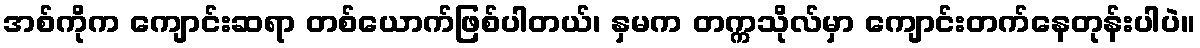
အစ်ကိုက ကျောင်းဆရာ တစ်ယောက်ဖြစ်ပါတယ်၊ နှမက တက္ကသိုလ်မှာ ကျောင်းတက်နေတုန်းပါပဲ။